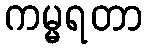
ကမ္မရတာ